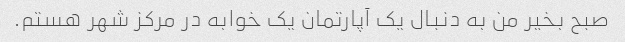
صبح بخیر من به دنبال یک آپارتمان یک خوابه در مرکز شهر هستم.